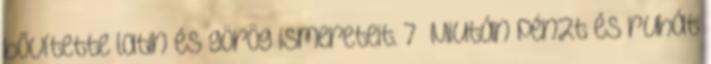
bővítette latin és görög ismereteit. 7 Miután pénzt és ruhát